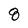
Character: 8